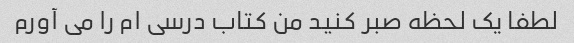
لطفا یک لحظه صبر کنید من کتاب درسی ام را می آورم